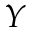
Y